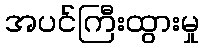
အပင်ကြီးထွားမှု